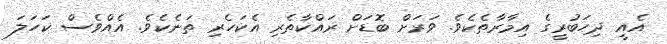
އެއީ ދިހަބުރީގެ އިމާރާތެކެވެ. ވަރަށް ބޮޑަށް ރައްކާތެެރި އެކަހެރި ތަނެކެވެ. އެއްވެސް ކަހަލަ